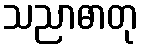
သညာဓာတု